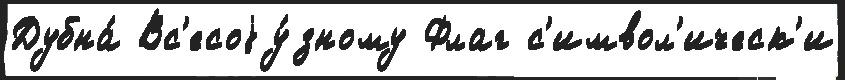
Дубна́ Вс'есоjу́зному Флаг с'имвол'ическ'и